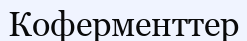
Коферменттер